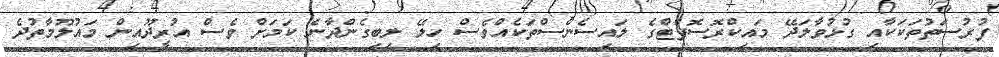
ފުރުސަތުތަކަކާއި ގުޅުވާލަދޭ މައިކްރޮސޮފްޓްގެ ލައިސެންސްތަކެއްވެސް ހިލޭ ލިބިގެންދާނެ ކަމަށް ވެސް އުރީދޫއިން މައުލޫމާތުދެ